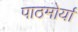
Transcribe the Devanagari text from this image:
पाठमोर्या